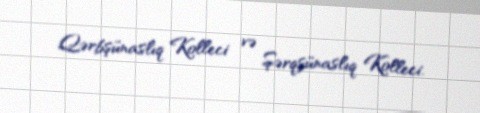
Qərbşünaslıq Kolleci və Şərqşünaslıq Kolleci.